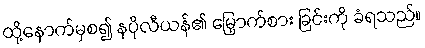
ထို့နောက်မှစ၍ နပိုလီယန်၏ မြှောက်စား ခြင်းကို ခံရသည်။